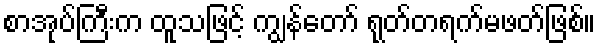
စာအုပ်ကြီးက ထူသဖြင့် ကျွန်တော် ရုတ်တရက်မဖတ်ဖြစ်။